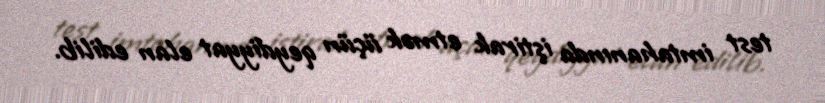
test imtahanında iştirak etmək üçün qeydiyyat elan edilib.